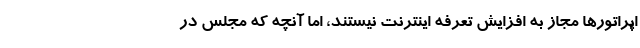
اپراتورها مجاز به افزایش تعرفه اینترنت نیستند، اما آنچه که مجلس در